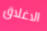
الاغلاق